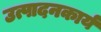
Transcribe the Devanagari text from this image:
उत्पादनकार्य